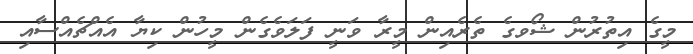
މީގެ އިތުރުން ޝޯވގެ ތެރެއިން މީރާ ވަނީ ފަލަވެގެން މީހުން ކިޔާ އެއްޗެއްސާއި